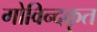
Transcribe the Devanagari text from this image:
गोविन्दकृत